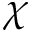
\chi